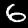
Label: 6